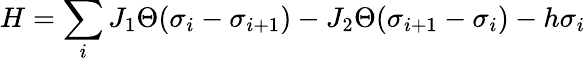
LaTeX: H=\sum_{i}J_{1}\Theta(\sigma_{i}-\sigma_{i+1})-J_{2}\Theta(\sigma_{i+1}-\sigma_{i})-h\sigma_{i}